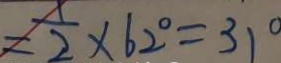
= \frac { 1 } { 2 } \times 6 2 ^ { \circ } = 3 1 ^ { \circ }